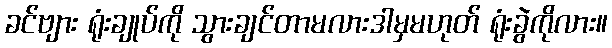
ခင်ဗျား ရုံးချုပ်ကို သွားချင်တာမလားဒါမှမဟုတ် ရုံးခွဲကိုလား။